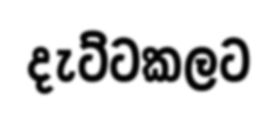
දැට්ටකලට